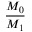
\frac { M _ { 0 } } { M _ { 1 } }